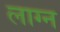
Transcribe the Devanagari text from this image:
लाग्न